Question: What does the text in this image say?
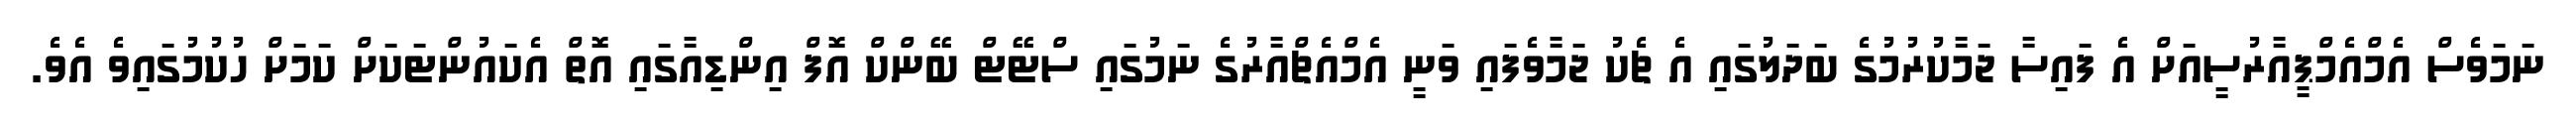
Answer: ނަމަވެސް އެމްއެމްޕީއާރުސީއަށް އެ ފައިސާ ޖަމާކުރުމުގެ ބަދަލުގައި އެ ޗެކު ޖަމާވެފައި ވަނީ އެމްއެޗްއާރުގެ ނަމުގައި ސްޓޭޓް ބޭންކް އޮފް އިންޑިއާގައި އޮތް އެކައުންޓަކަށް ކަމަށް ހުކުމުގައިވެ އެވެ.